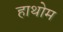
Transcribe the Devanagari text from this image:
हाथोम